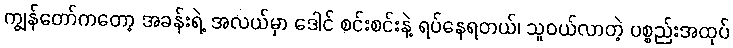
ကျွန်တော်ကတော့ အခန်းရဲ့ အလယ်မှာ ဒေါင် စင်းစင်းနဲ့ ရပ်နေရတယ်၊ သူဝယ်လာတဲ့ ပစ္စည်းအထုပ်